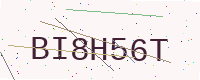
Text: BI8H56T